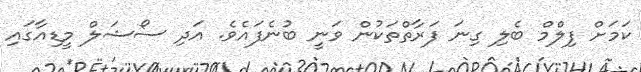
ކަމަށް ފިލްމް ބެލި ގިނަ ފަރާތްތަކުން ވަނީ ބުނެފައެވެ. އަދި ސޯޝަލް މީޑިއާގައި